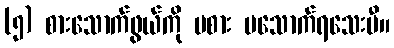
(၅) စားသောက်ဖွယ်ကို မစား မသောက်ရသေးမီ။